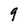
Character: 9